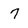
Character: 7